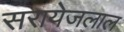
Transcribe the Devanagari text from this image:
सरायेजलाल